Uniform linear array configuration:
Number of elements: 64
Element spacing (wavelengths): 0.75
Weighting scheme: blackman
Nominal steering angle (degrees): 0
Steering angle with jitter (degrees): -0.8667
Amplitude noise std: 0.05
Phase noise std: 0.05

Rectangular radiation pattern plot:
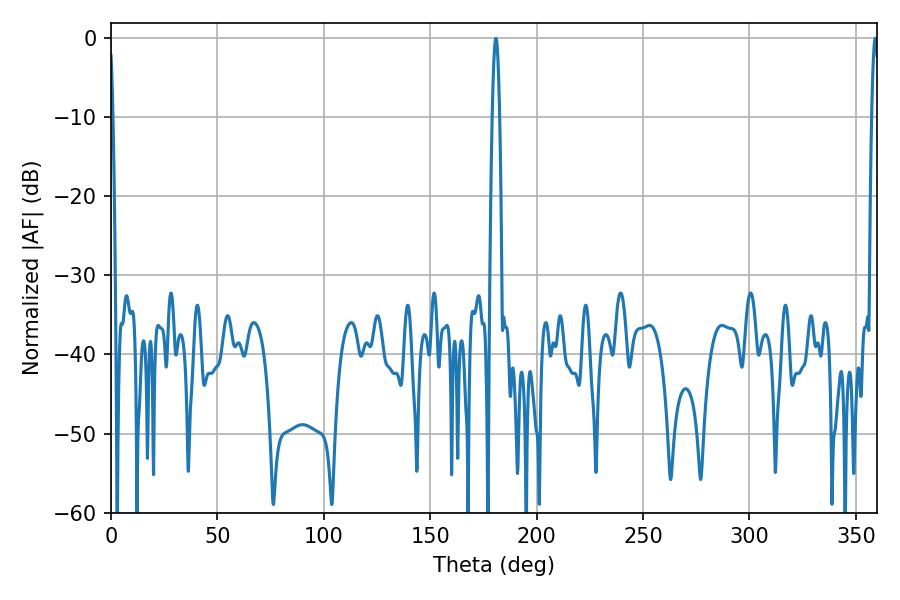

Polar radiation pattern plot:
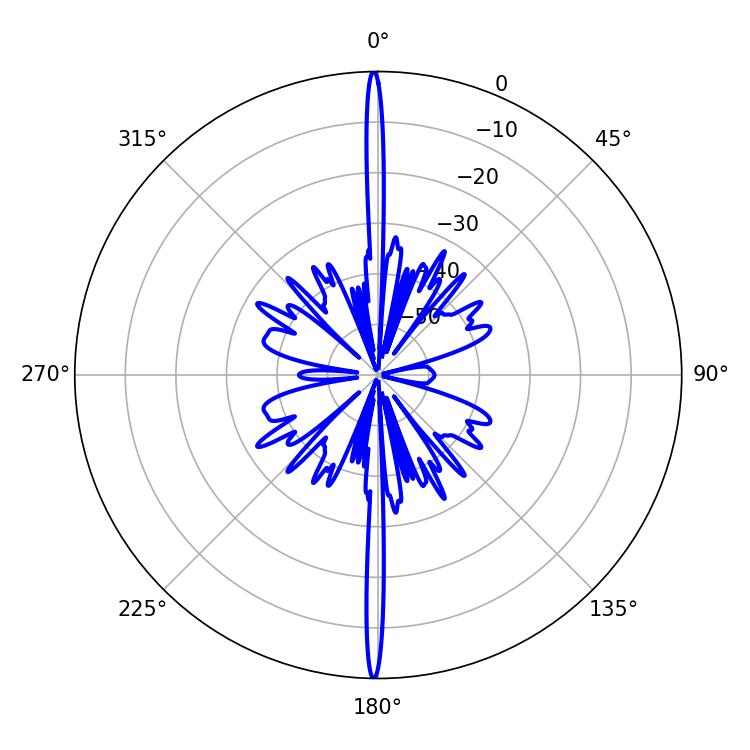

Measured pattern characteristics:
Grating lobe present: TRUE
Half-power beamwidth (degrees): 1.8
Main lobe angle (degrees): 180.9